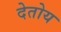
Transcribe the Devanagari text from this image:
देतोय